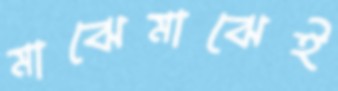
মাঝেমাঝেই